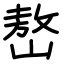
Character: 嶅